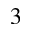
^ 3